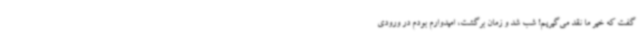
گفت که خیر ما نقد می‌گیریم! شب شد و زمان برگشت، امیدوارم بودم در ورودی